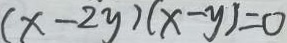
( x - 2 y ) ( x - y ) = 0